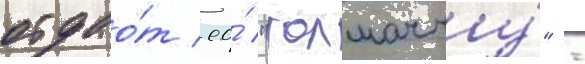
отдао́т ео́ "толмачу́" -